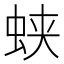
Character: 蛱